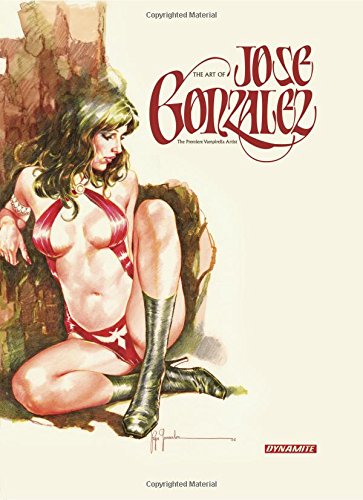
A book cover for The Art of Jose Gonzalez; David Roach; Comics & Graphic Novels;